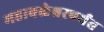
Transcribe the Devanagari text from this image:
महाबळेश्वरपर्यंत